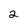
Character: 2